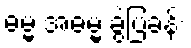
ဓမ္မ အဓမ္မ ခွဲပြခန်း